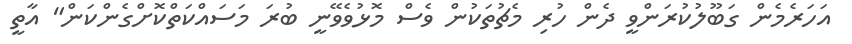
އަހަރެމެން ގަބޫލުކުރަންވީ ދެން ހުރި މެޗުތަކުން ވެސް މޮޅުވެވޭނީ ބުރަ މަސައްކަތްކޮށްގެންކަން" އާތީ